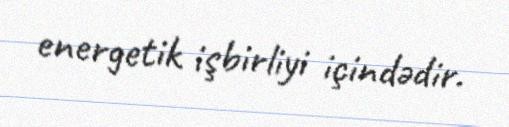
energetik işbirliyi içindədir.